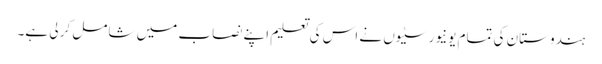
ہندوستان کی تمام یونیورسٹیوں نے اس کی تعلیم اپنے نصاب میں شامل کر لی ہے۔